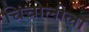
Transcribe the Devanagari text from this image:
चिंचोलीला